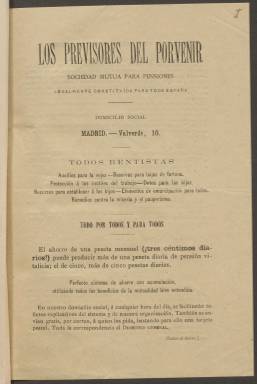
Título: Boletín oficial de Los Previsores del Porvenir
Colección: Asuntos sociales
Lugar de publicación: Madrid
Fechas: 01/01/1904-31/05/1945

Debido al mal estado de los originales, los siguientes años no han podido ser digitalizados, por el momento: 1934, 1935, 1936, 1937, y 1939.